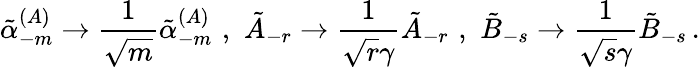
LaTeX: \tilde{\alpha}_{-m}^{(A)}\rightarrow\frac{1}{\sqrt{m}}\tilde{\alpha}_{-m}^{(A)}\, \, ,\, \, \tilde{A}_{-r}\rightarrow\frac{1}{\sqrt{r}\gamma}\tilde{A}_{-r}\, \, ,\, \, \tilde{B}_{-s}\rightarrow\frac{1}{\sqrt{s}\gamma}\tilde{B}_{-s}\, .